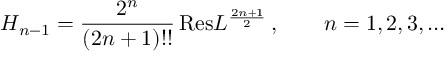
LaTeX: H _ { n - 1 } = \frac { 2 ^ { n } } { ( 2 n + 1 ) ! ! } \, \mathrm { R e s } L ^ { \frac { 2 n + 1 } { 2 } } \, , \qquad n = 1 , 2 , 3 , \dots